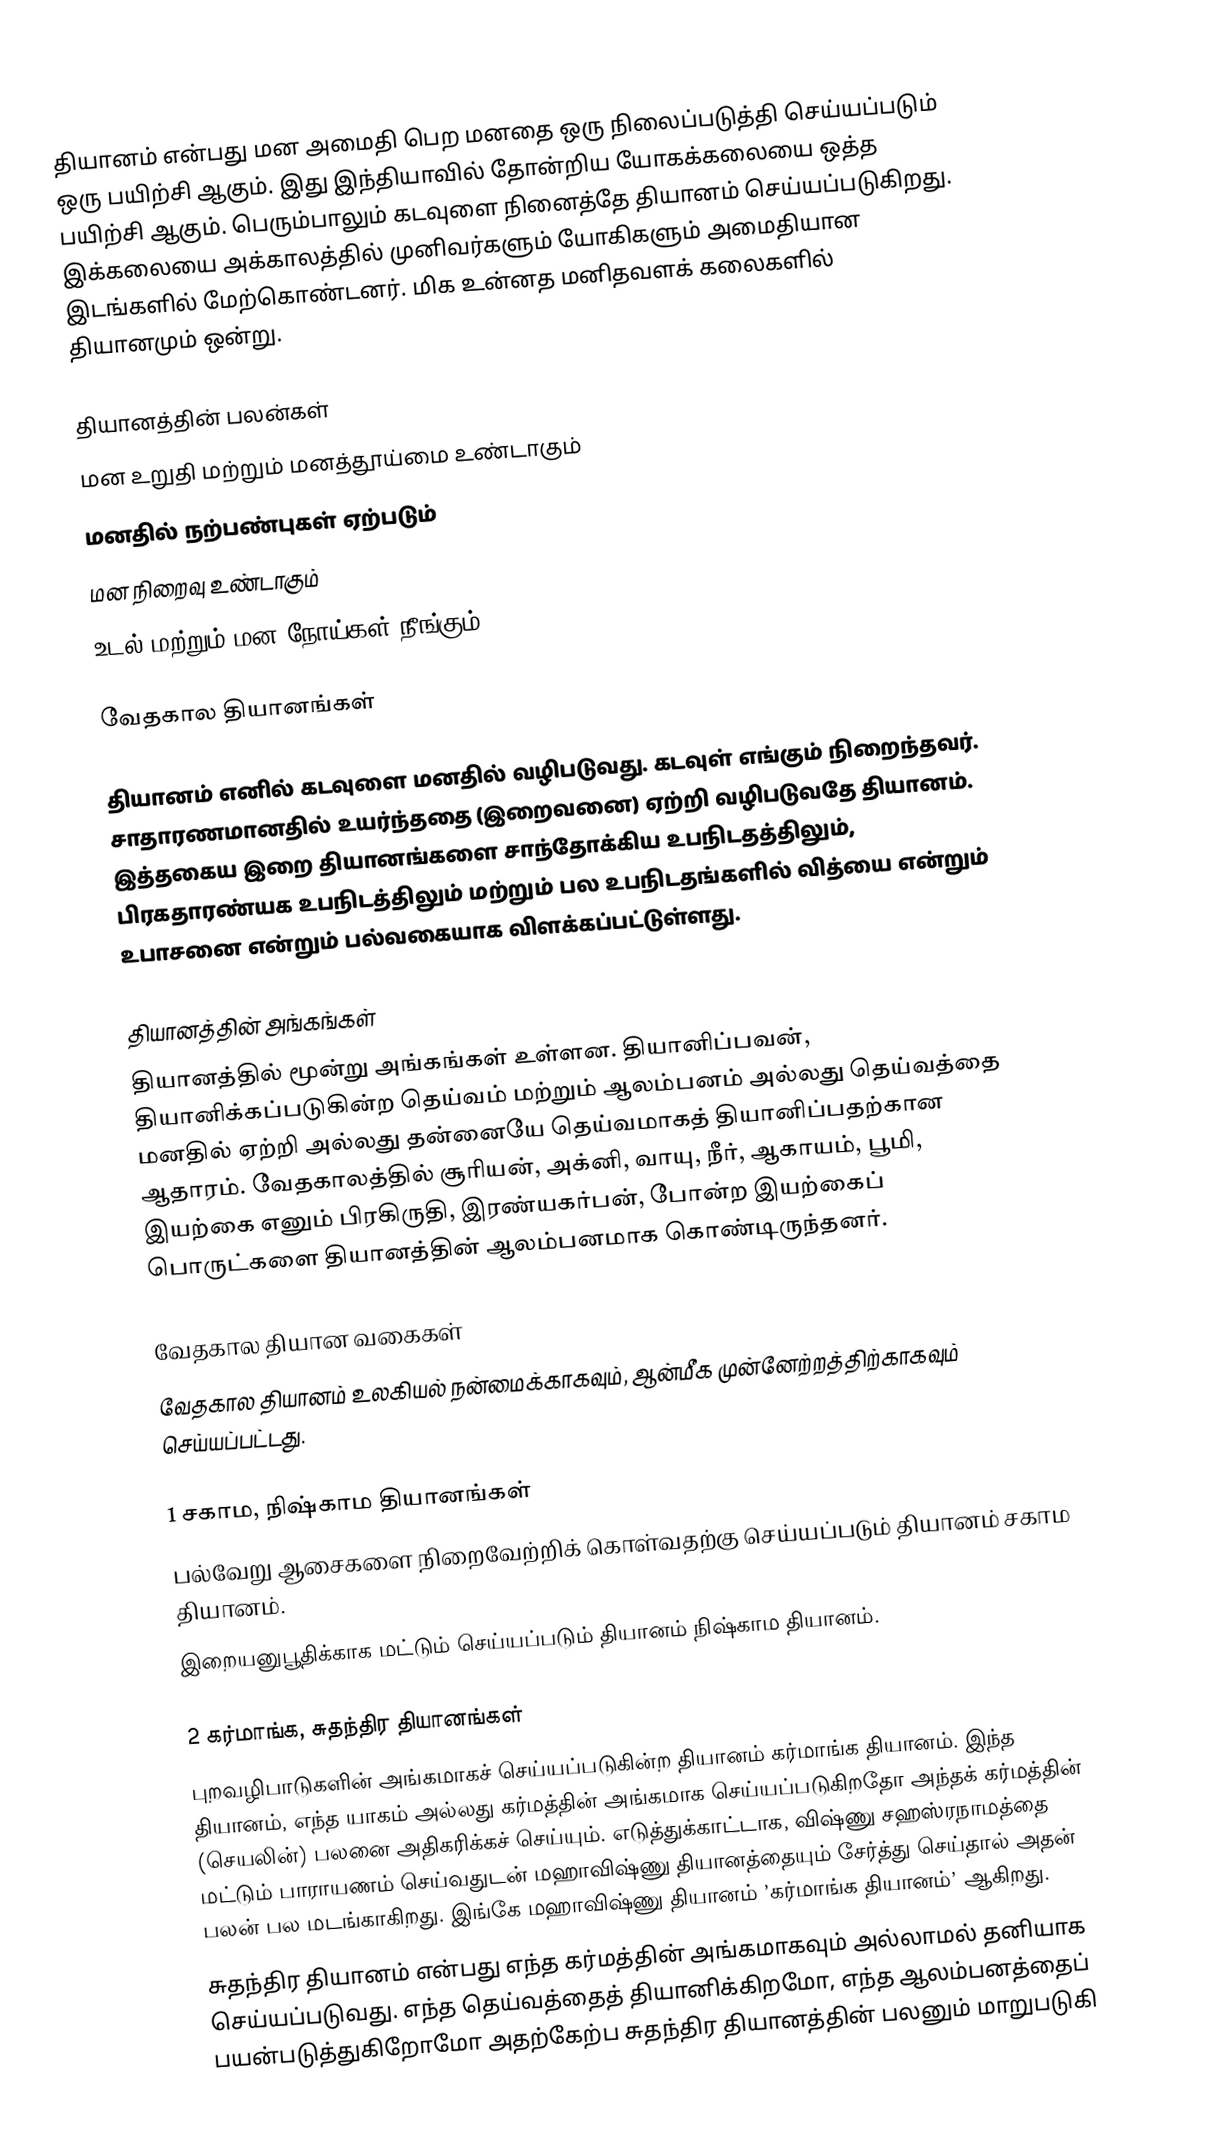
தியானம் என்பது மன அமைதி பெற மனதை ஒரு நிலைப்படுத்தி செய்யப்படும் ஒரு பயிற்சி ஆகும். இது இந்தியாவில் தோன்றிய யோகக்கலையை ஒத்த பயிற்சி ஆகும். பெரும்பாலும் கடவுளை நினைத்தே தியானம் செய்யப்படுகிறது. இக்கலையை அக்காலத்தில் முனிவர்களும் யோகிகளும் அமைதியான இடங்களில் மேற்கொண்டனர். மிக உன்னத மனிதவளக் கலைகளில் தியானமும் ஒன்று.

தியானத்தின் பலன்கள்
 மன உறுதி மற்றும் மனத்தூய்மை உண்டாகும்
 மனதில் நற்பண்புகள் ஏற்படும்
 மன நிறைவு உண்டாகும்
 உடல் மற்றும் மன நோய்கள் நீங்கும்

வேதகால தியானங்கள்

தியானம் எனில் கடவுளை மனதில் வழிபடுவது. கடவுள் எங்கும் நிறைந்தவர். சாதாரணமானதில் உயர்ந்ததை (இறைவனை) ஏற்றி வழிபடுவதே தியானம். இத்தகைய இறை தியானங்களை சாந்தோக்கிய உபநிடதத்திலும், பிரகதாரண்யக உபநிடத்திலும் மற்றும் பல உபநிடதங்களில் வித்யை என்றும் உபாசனை என்றும் பல்வகையாக விளக்கப்பட்டுள்ளது.

தியானத்தின் அங்கங்கள்
தியானத்தில் மூன்று அங்கங்கள் உள்ளன. தியானிப்பவன், தியானிக்கப்படுகின்ற தெய்வம் மற்றும் ஆலம்பனம் அல்லது தெய்வத்தை மனதில் ஏற்றி அல்லது தன்னையே தெய்வமாகத் தியானிப்பதற்கான ஆதாரம். வேதகாலத்தில் சூரியன், அக்னி, வாயு, நீர், ஆகாயம், பூமி, இயற்கை எனும் பிரகிருதி, இரண்யகர்பன், போன்ற இயற்கைப் பொருட்களை தியானத்தின் ஆலம்பனமாக கொண்டிருந்தனர்.

வேதகால தியான வகைகள்
வேதகால தியானம் உலகியல் நன்மைக்காகவும், ஆன்மீக முன்னேற்றத்திற்காகவும் செய்யப்பட்டது.

1 சகாம, நிஷ்காம தியானங்கள்
பல்வேறு ஆசைகளை நிறைவேற்றிக் கொள்வதற்கு செய்யப்படும் தியானம் சகாம தியானம்.
இறையனுபூதிக்காக மட்டும் செய்யப்படும் தியானம் நிஷ்காம தியானம்.

2 கர்மாங்க, சுதந்திர தியானங்கள்
புறவழிபாடுகளின் அங்கமாகச் செய்யப்படுகின்ற தியானம் கர்மாங்க தியானம். இந்த தியானம், எந்த யாகம் அல்லது கர்மத்தின் அங்கமாக செய்யப்படுகிறதோ அந்தக் கர்மத்தின் (செயலின்) பலனை அதிகரிக்கச் செய்யும். எடுத்துக்காட்டாக, விஷ்ணு சஹஸ்ரநாமத்தை மட்டும் பாராயணம் செய்வதுடன் மஹாவிஷ்ணு தியானத்தையும் சேர்த்து செய்தால் அதன் பலன் பல மடங்காகிறது. இங்கே மஹாவிஷ்ணு தியானம் ’கர்மாங்க தியானம்’ ஆகிறது.
 சுதந்திர தியானம் என்பது எந்த கர்மத்தின் அங்கமாகவும் அல்லாமல் தனியாக செய்யப்படுவது. எந்த தெய்வத்தைத் தியானிக்கிறமோ, எந்த ஆலம்பனத்தைப் பயன்படுத்துகிறோமோ அதற்கேற்ப சுதந்திர தியானத்தின் பலனும் மாறுபடுகி